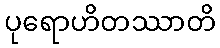
ပုရောဟိတဿာတိ